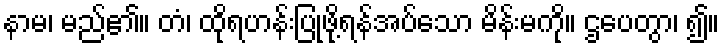
နာမ၊ မည်၏။ တံ၊ ထိုရဟန်းပြုဖို့ရန်အပ်သော မိန်းမကို။ ဌပေတွာ၊ ၍။